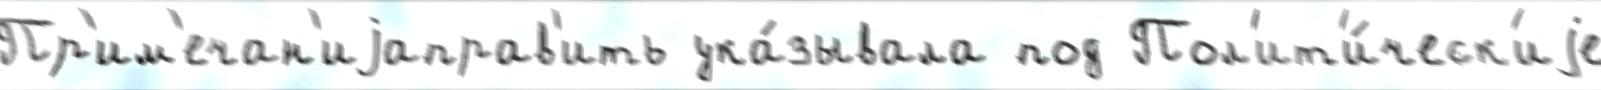
Пр'им'ечан'иjаправ'ить ука́зывала под Пол'ит'и́ческ'иjе